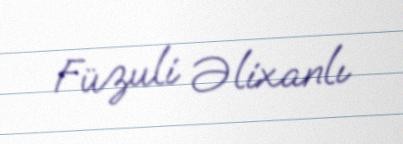
Füzuli Əlixanlı